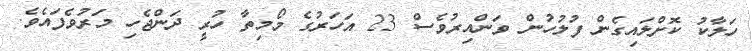
ހަލާކު ކޮށްލައިގެން ފުލުހުން ވަންއިރުވެސް 23 އަހަރުގެ މޯމިތާ ހުރީ ދަންޖެހި މަރުވެފައެވެ.